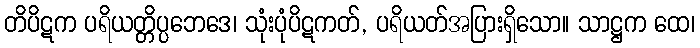
တိပိဋက ပရိယတ္တိပ္ပဘေဒေ၊ သုံးပုံပိဋကတ်, ပရိယတ်အပြားရှိသော။ သာဋ္ဌက ထေ၊